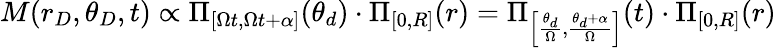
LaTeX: M(r_{D},\theta_{D},t)\propto\Pi_{[\Omega t,\Omega t+\alpha]}(\theta_{d})\cdot\Pi_{[0,R]}(r)=\Pi_{\left[\frac{\theta_{d}}{\Omega},\frac{\theta_{d}+\alpha}{\Omega}\right]}(t)\cdot\Pi_{[0,R]}(r)